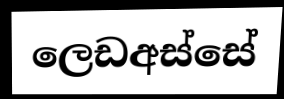
ලෙඩඅස්සේ